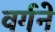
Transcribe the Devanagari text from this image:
वर्गने